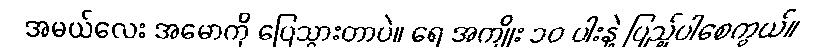
အမယ်လေး အမောကို ပြေသွားတာပဲ။ ရေ အကျိုး ၁၀ ပါးနဲ့ ပြည့်ပါစေကွယ်။